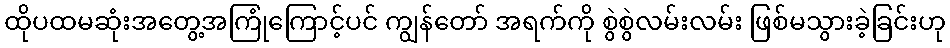
ထိုပထမဆုံးအတွေ့အကြုံကြောင့်ပင် ကျွန်တော် အရက်ကို စွဲစွဲလမ်းလမ်း ဖြစ်မသွားခဲ့ခြင်းဟု